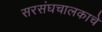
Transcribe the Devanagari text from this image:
सरसंघचालकाचे